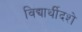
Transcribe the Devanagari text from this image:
विद्यार्थीदशे